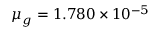
\mu _ { g } = 1 . 7 8 0 \times 1 0 ^ { - 5 }